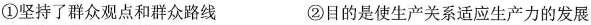
①坚持了群众观点和群众路线 ②目的是使生产关系适应生产力的发展